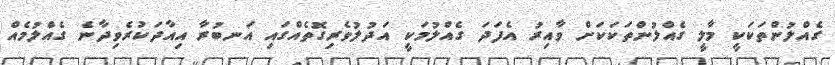
ގެއްލުންތަކަކީ މާލީ ގެއްލުންތަކަކަށް ވާއިރު އެފަދަ ގެއްލުމަކީ އަދުލުވެރިގޮތެއްގައި އަނބުރާ އިއާދަކުރެވިދާނެ ގެއްލުމެއް